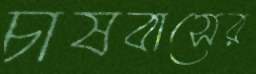
চাষবাসের